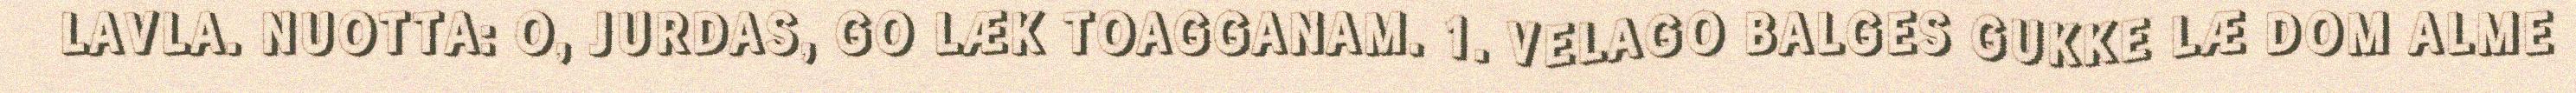
LAVLA. NUOTTA: O, JURDAS, GO LÆK TOAGGANAM. 1. VELAGO BALGES GUKKE LÆ DOM ALME